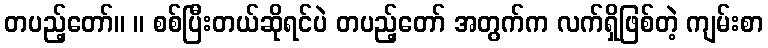
တပည့်တော်။ ။ စစ်ပြီးတယ်ဆိုရင်ပဲ တပည့်တော် အတွက်က လက်ရှိဖြစ်တဲ့ ကျမ်းစာ